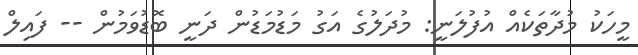
މީހަކު މުދާތަކެއް އުފުލަނީ: މުދަލުގެ އަގު މަޑުމަޑުން ދަނީ ބޮޑުވަމުން -- ފައިލް